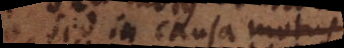
sed in causa motus